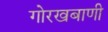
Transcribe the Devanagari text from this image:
गोरखबाणी